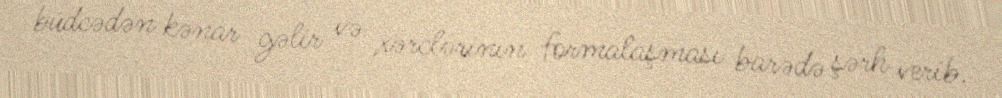
büdcədən kənar gəlir və xərclərinin formalaşması barədə şərh verib.